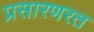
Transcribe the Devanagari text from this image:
प्रसारणरत